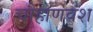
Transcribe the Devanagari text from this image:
चौहाणवंश